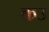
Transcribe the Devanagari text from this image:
कउ